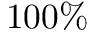
1 0 0 \%